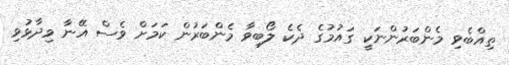
ތިއްބެވި މެންބަރުންނަކީ ގައުމުގެ ދެކެ ލޯބިވާ މެންބަރުން ކަމަށް ވެސް އޭނާ ވިދާޅުވި